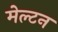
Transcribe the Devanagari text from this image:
मेल्टन